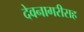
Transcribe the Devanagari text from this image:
देवनागरीसह